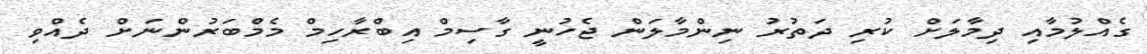
ގެއްލުމާއި ދިމާލަށް ކުރި ދަތުރު ނިންމާލަން ޖެހުނީ ގާސިމް އިބްރާހިމް މެމްބަރުންނަށް ދެއްވި